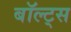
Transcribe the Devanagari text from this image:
बॉल्ट्स